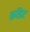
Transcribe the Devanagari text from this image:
क्रडिट